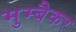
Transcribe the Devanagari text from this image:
मुम्बैकर